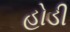
હોડી